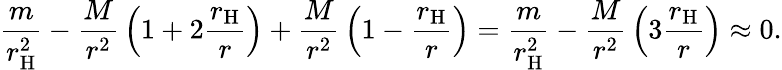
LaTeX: {\frac{m}{r_{\mathrm{H}}^{2}}}-{\frac{M}{r^{2}}}\left(1+2{\frac{r_{\mathrm{H}}}{r}}\right)+{\frac{M}{r^{2}}}\left(1-{\frac{r_{\mathrm{H}}}{r}}\right)={\frac{m}{r_{\mathrm{H}}^{2}}}-{\frac{M}{r^{2}}}\left(3{\frac{r_{\mathrm{H}}}{r}}\right)\approx 0.